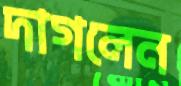
দাগলেন